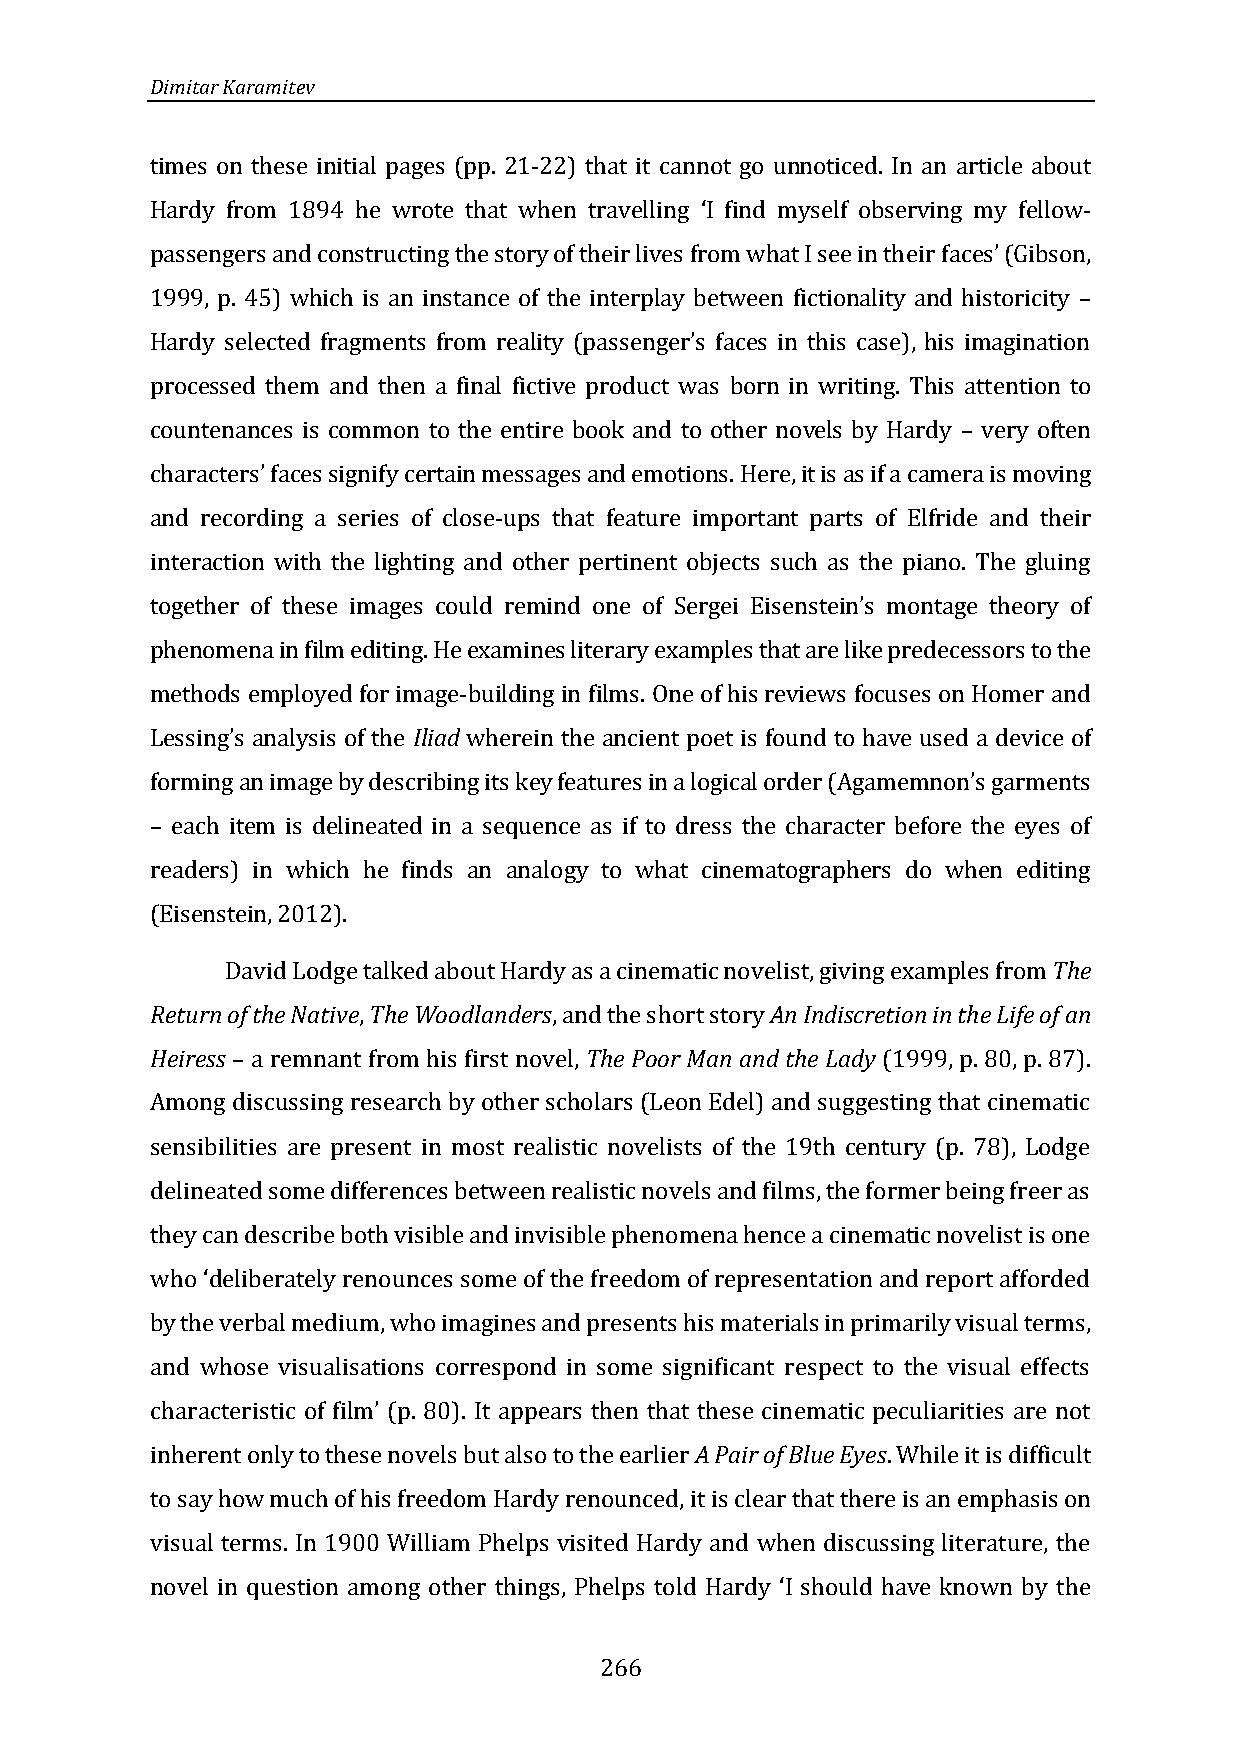
Dimitar Karamitev
 times on these initial pages (pp. 21-22) that it cannot go unnoticed. In an article about
 Hardy from 1894 he wrote that when travelling I find myself observing my fellow-
 passengers and constructing the story of their lives from what I see in their faces (Gibson,
 ‘
 1999, p. 45) which is an instance of the interplay between fictionality and historicity
 ’
 –
 processed them and then a final fictive product was born in writing. This attention to
 Hardy selected fragments from reality (passenger’s faces in this case), his imagination
 countenances is common to the entire book and to other novels by Hardy very often
 –
 and recording a series of close-ups that feature important parts of Elfride and their
 characters’ faces signify certain messages and emotions. Here, it is as if a camera is moving
 interaction with the lighting and other pertinent objects such as the piano. The gluing
 phenomena in film editing. He examines literary examples that are like predecessors to the
 together of these images could remind one of Sergei Eisenstein’s montage theory of
 methods employed for image-building in films. One of his reviews focuses on Homer and
 Iliad wherein the ancient poet is found to have used a device of
 forming an image by describing its k
 Lessing’s analysis of the
 each item is delineated in a sequence as if to dress the character before the eyes of
 ey features in a logical order (Agamemnon’s garments
 readers) in which he finds an analogy to what cinematographers do when editing
 –
 (Eisenstein, 2012).
 David Lodge talked about Hardy as a cinematic novelist, giving examples from The
 Return of the Native, The Woodlanders, and the short story An Indiscretion in the Life of an
 Heiress a remnant from his first novel, The Poor Man and the Lady (1999, p. 80, p. 87).
 Among discussing research by other scholars (Leon Edel) and suggesting that cinematic
 –
 sensibilities are present in most realistic novelists of the 19th century (p. 78), Lodge
 delineated some differences between realistic novels and films, the former being freer as
 they can describe both visible and invisible phenomena hence a cinematic novelist is one
 who deliberately renounces some of the freedom of representation and report afforded
 by the verbal medium, who imagines and presents his materials in primarily visual terms,
 ‘
 and whose visualisations correspond in some significant respect to the visual effects
 characteristic of film (p. 80). It appears then that these cinematic peculiarities are not
 inherent only to these novels but also to the earlier A Pair of Blue Eyes. While it is difficult
 ’
 to say how much of his freedom Hardy renounced, it is clear that there is an emphasis on
 visual terms. In 1900 William Phelps visited Hardy and when discussing literature, the
 novel in question among other things, Phelps told Hardy I should have known by the
 ‘
 266